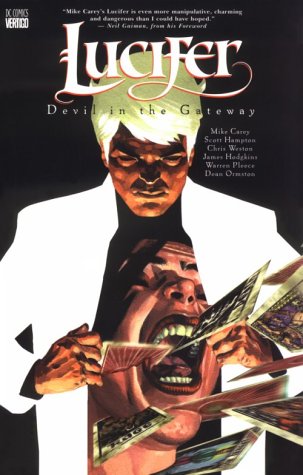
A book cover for Lucifer Vol. 1: Devil in the Gateway; Mike Carey; Comics & Graphic Novels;